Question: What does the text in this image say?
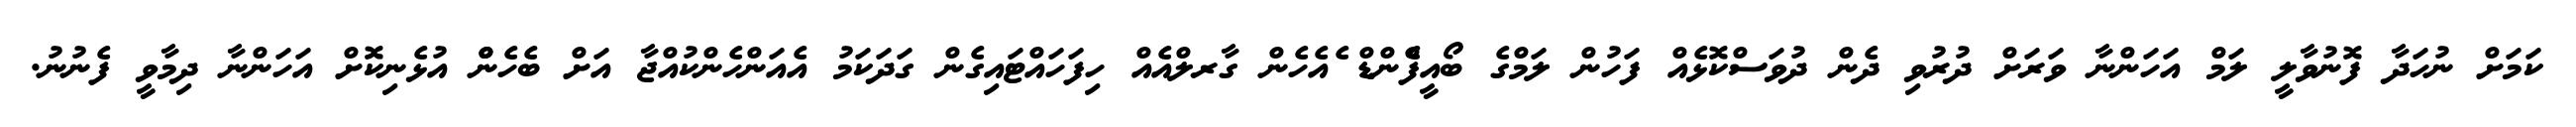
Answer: ކަމަށް ނުހަދާ ފޮނުވާލީ ލަމް އަހަންނާ ވަރަށް ދުރުވި ދެން ދުވަސްކޮޅެއް ފަހުން ލަމްގެ ބޯއީފްެންޑް ެއެހެން ގާރލްއެއް ހިފަހައްޓައިގެން ގަދަކަމު އެއަންހެންކުއްޖާ އަށް ބެހެންް އުޅެނިކޮށް އަހަންނާ ދިމާވީ ފެނުނު.